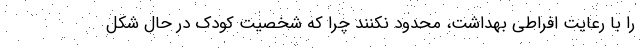
را با رعایت افراطی بهداشت، محدود نکنند چرا که شخصیت کودک در حال شکل